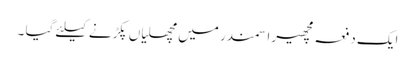
ایک دفعہ مچھیرا سمندر میں مچھلیاں پکڑنے کیلئے گیا ۔